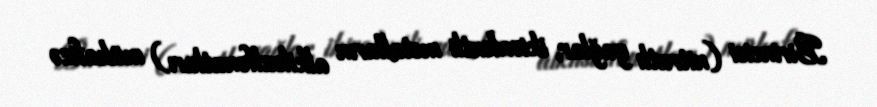
Birincisi (nitratlı yağlar, ikivalentli metalların alkilsulfonatları) mühafizə